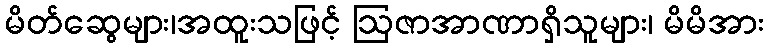
မိတ်ဆွေများ၊အထူးသဖြင့် ဩဇာအာဏာရှိသူများ၊ မိမိအား